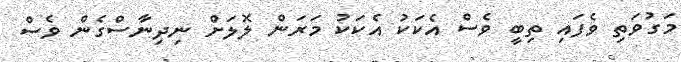
މަގުވަތި ވެފައި ތިބީ ވެސް އެކަކު އެކަކު މަރަން ލޮލަށް ނިދިނާސްގެން ވެސް